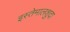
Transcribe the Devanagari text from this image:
इस्तेमालशुदा